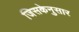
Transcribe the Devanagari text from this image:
जिसकेनुसार